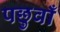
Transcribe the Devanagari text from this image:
पछुवाँ